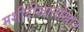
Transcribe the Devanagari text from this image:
मशीदीखालोखाल